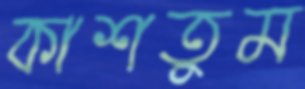
কাশতুম